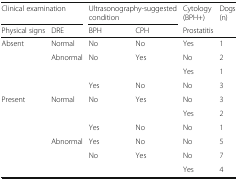
<table><thead><tr><td colspan="2"><b>Clinical examination</b></td><td colspan="2"><b>Ultrasonography-suggested condition</b></td><td><b>Cytology (BPH+)</b></td><td rowspan="2"><b>Dogs (n)</b></td></tr><tr><td><b>Physical signs</b></td><td><b>DRE</b></td><td><b>BPH</b></td><td><b>CPH</b></td><td><b>Prostatitis</b></td></tr></thead><tbody><tr><td rowspan="4">Absent</td><td>Normal</td><td>No</td><td>No</td><td>Yes</td><td>1</td></tr><tr><td rowspan="3">Abnormal</td><td rowspan="2">No</td><td rowspan="2">Yes</td><td>No</td><td>2</td></tr><tr><td>Yes</td><td>1</td></tr><tr><td>Yes</td><td>No</td><td>No</td><td>3</td></tr><tr><td rowspan="6">Present</td><td rowspan="3">Normal</td><td rowspan="2">No</td><td rowspan="2">Yes</td><td>No</td><td>3</td></tr><tr><td>Yes</td><td>2</td></tr><tr><td>Yes</td><td>No</td><td>No</td><td>1</td></tr><tr><td rowspan="3">Abnormal</td><td>Yes</td><td>No</td><td>No</td><td>5</td></tr><tr><td rowspan="2">No</td><td rowspan="2">Yes</td><td>No</td><td>7</td></tr><tr><td>Yes</td><td>4</td></tr></tbody></table>